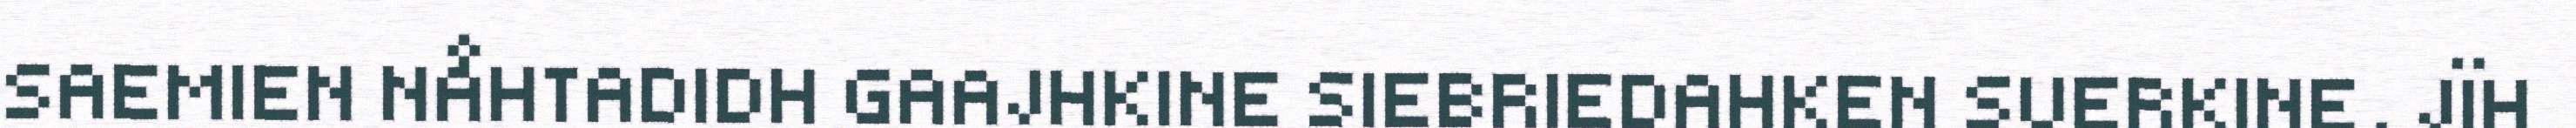
SAEMIEN NÅHTADIDH GAAJHKINE SIEBRIEDAHKEN SUERKINE, JÏH